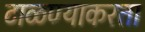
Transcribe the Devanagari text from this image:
टाळण्याकरता